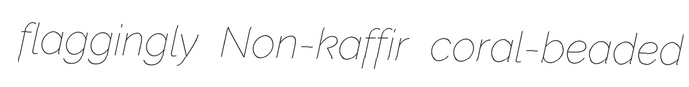
flaggingly Non-kaffir coral-beaded